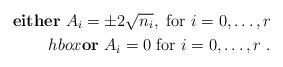
LaTeX: \begin{align*}\hbox{\bf either}\ A_i=\pm2\sqrt{n_i}, \ \hbox{for}\ i=0,\dots ,r\\hbox{\bf or}\ A_i=0\ \hbox{for}\ i=0,\dots ,r\ .\end{align*}